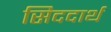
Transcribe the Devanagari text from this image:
सिददार्थ